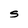
Character: S